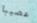
عصيبا